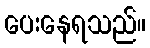
ပေးနေရသည်။